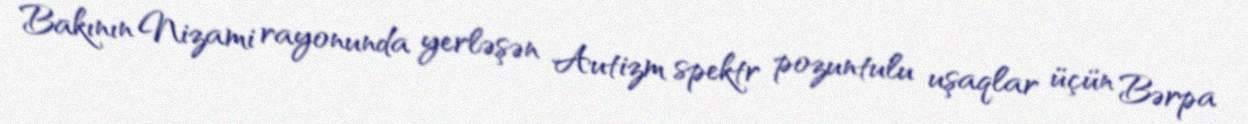
Bakının Nizami rayonunda yerləşən Autizm spektr pozuntulu uşaqlar üçün Bərpa